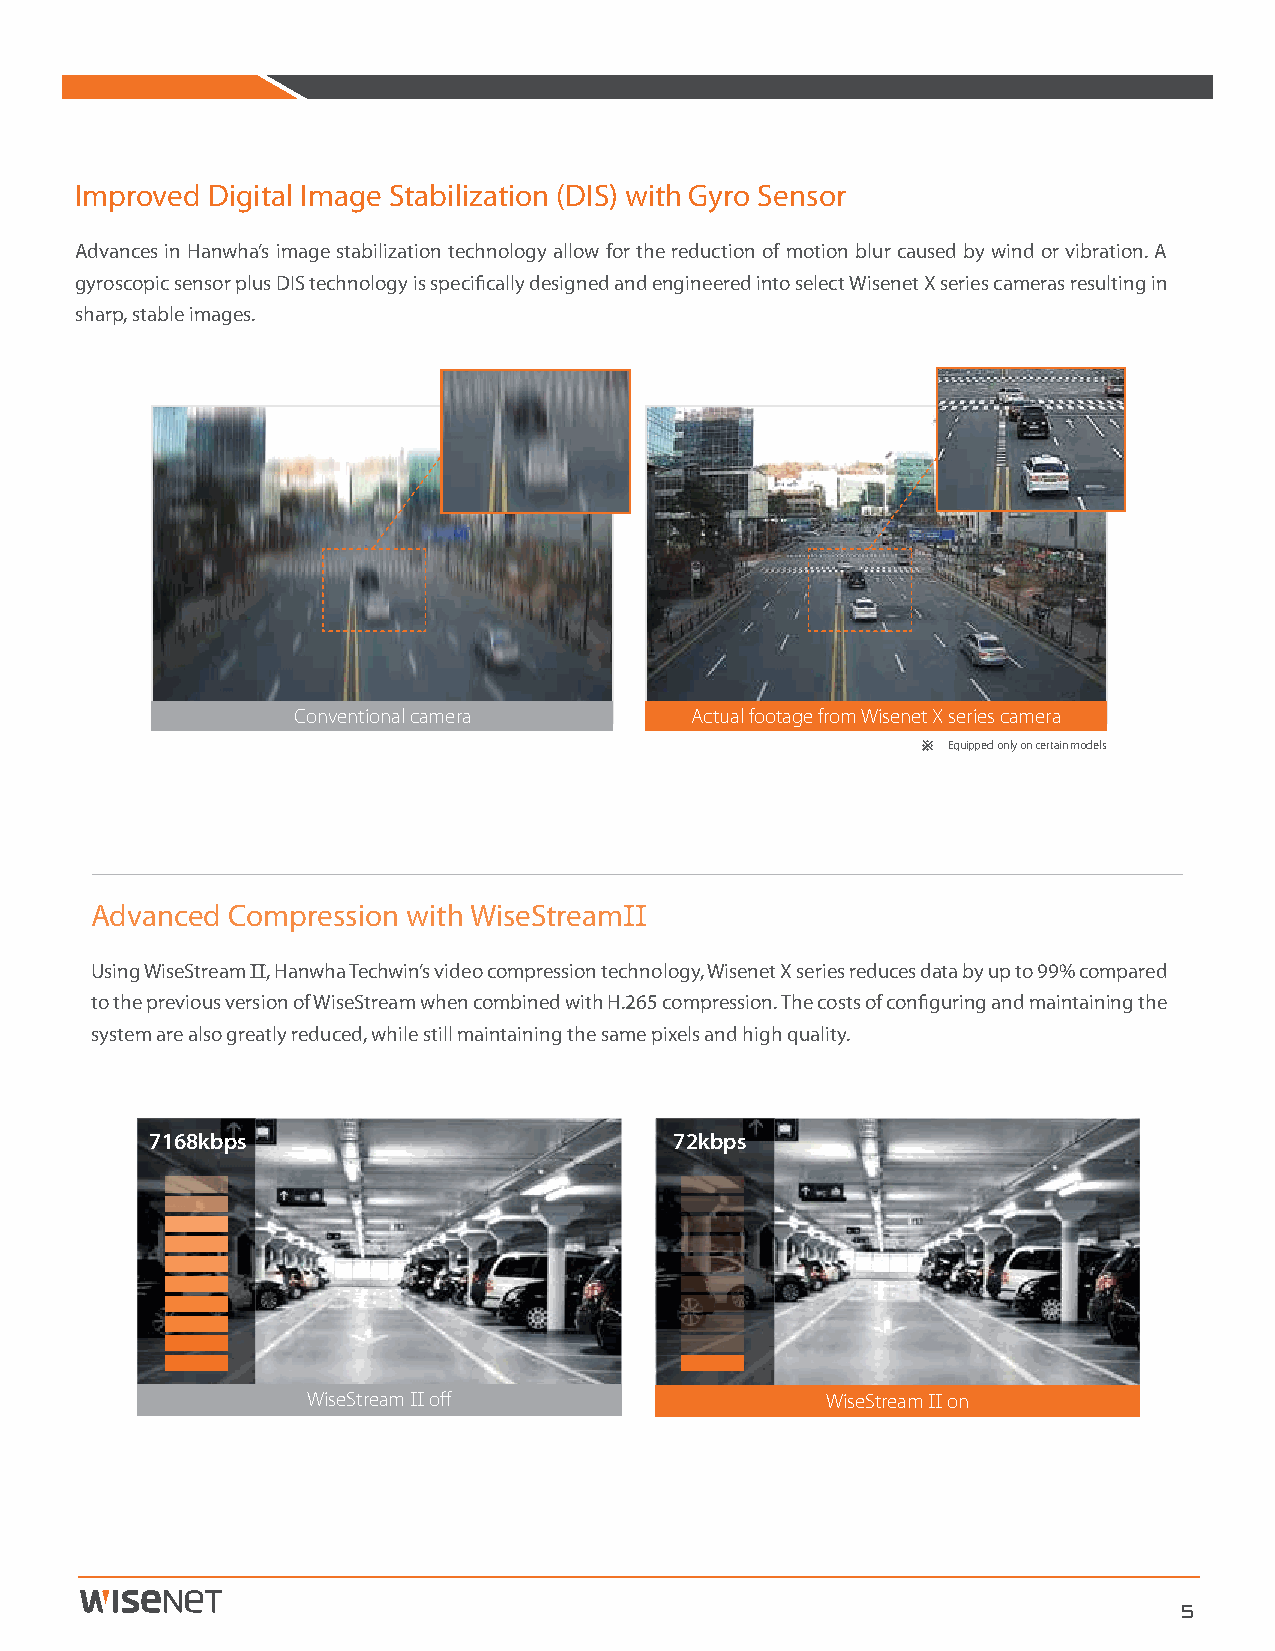
Improved Digital Image Stabilization (DIS) with Gyro Sensor
 Advances in Hanwha’s image stabilization technology allow for the reduction of motion blur caused by wind or vibration. A
 gyroscopic sensor plus DIS technology is specifically designed and engineered into select Wisenet X series cameras resulting in
 sharp, stable images.
 Conventional camera        Actual footage from Wisenet X series camera
 ※ Equipped only on certain models
 Advanced Compression with WiseStreamⅡ
 Using WiseStream Ⅱ, Hanwha Techwin’s video compression technology, Wisenet X series reduces data by up to 99% compared
 to the previous version of WiseStream when combined with H.265 compression. The costs of configuring and maintaining the
 system are also greatly reduced, while still maintaining the same pixels and high quality.
 7168kbps                           72kbps
 WiseStream Ⅱ off                   WiseStream Ⅱ on
 5